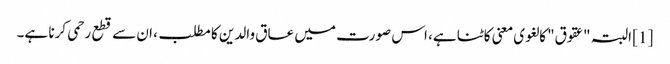
[1] البتہ "عقوق" کا لغوی معنی کاٹنا ہے، اس صورت میں عاق والدین کا مطلب، ان سے قطع رحمی کرنا ہے۔